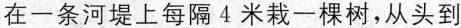
在一条河堤上每隔4米栽一棵树，从头到